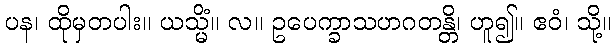
ပန၊ ထိုမှတပါး။ ယသ္မိံ။ လ။ ဥပေက္ခာသဟဂတန္တိ၊ ဟူ၍။ ဧဝံ၊ သို့။